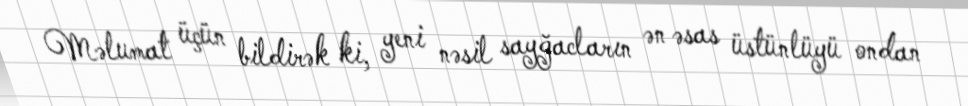
Məlumat üçün bildirək ki, yeni nəsil sayğacların ən əsas üstünlüyü ondan